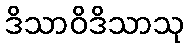
ဒိသာဝိဒိသာသု